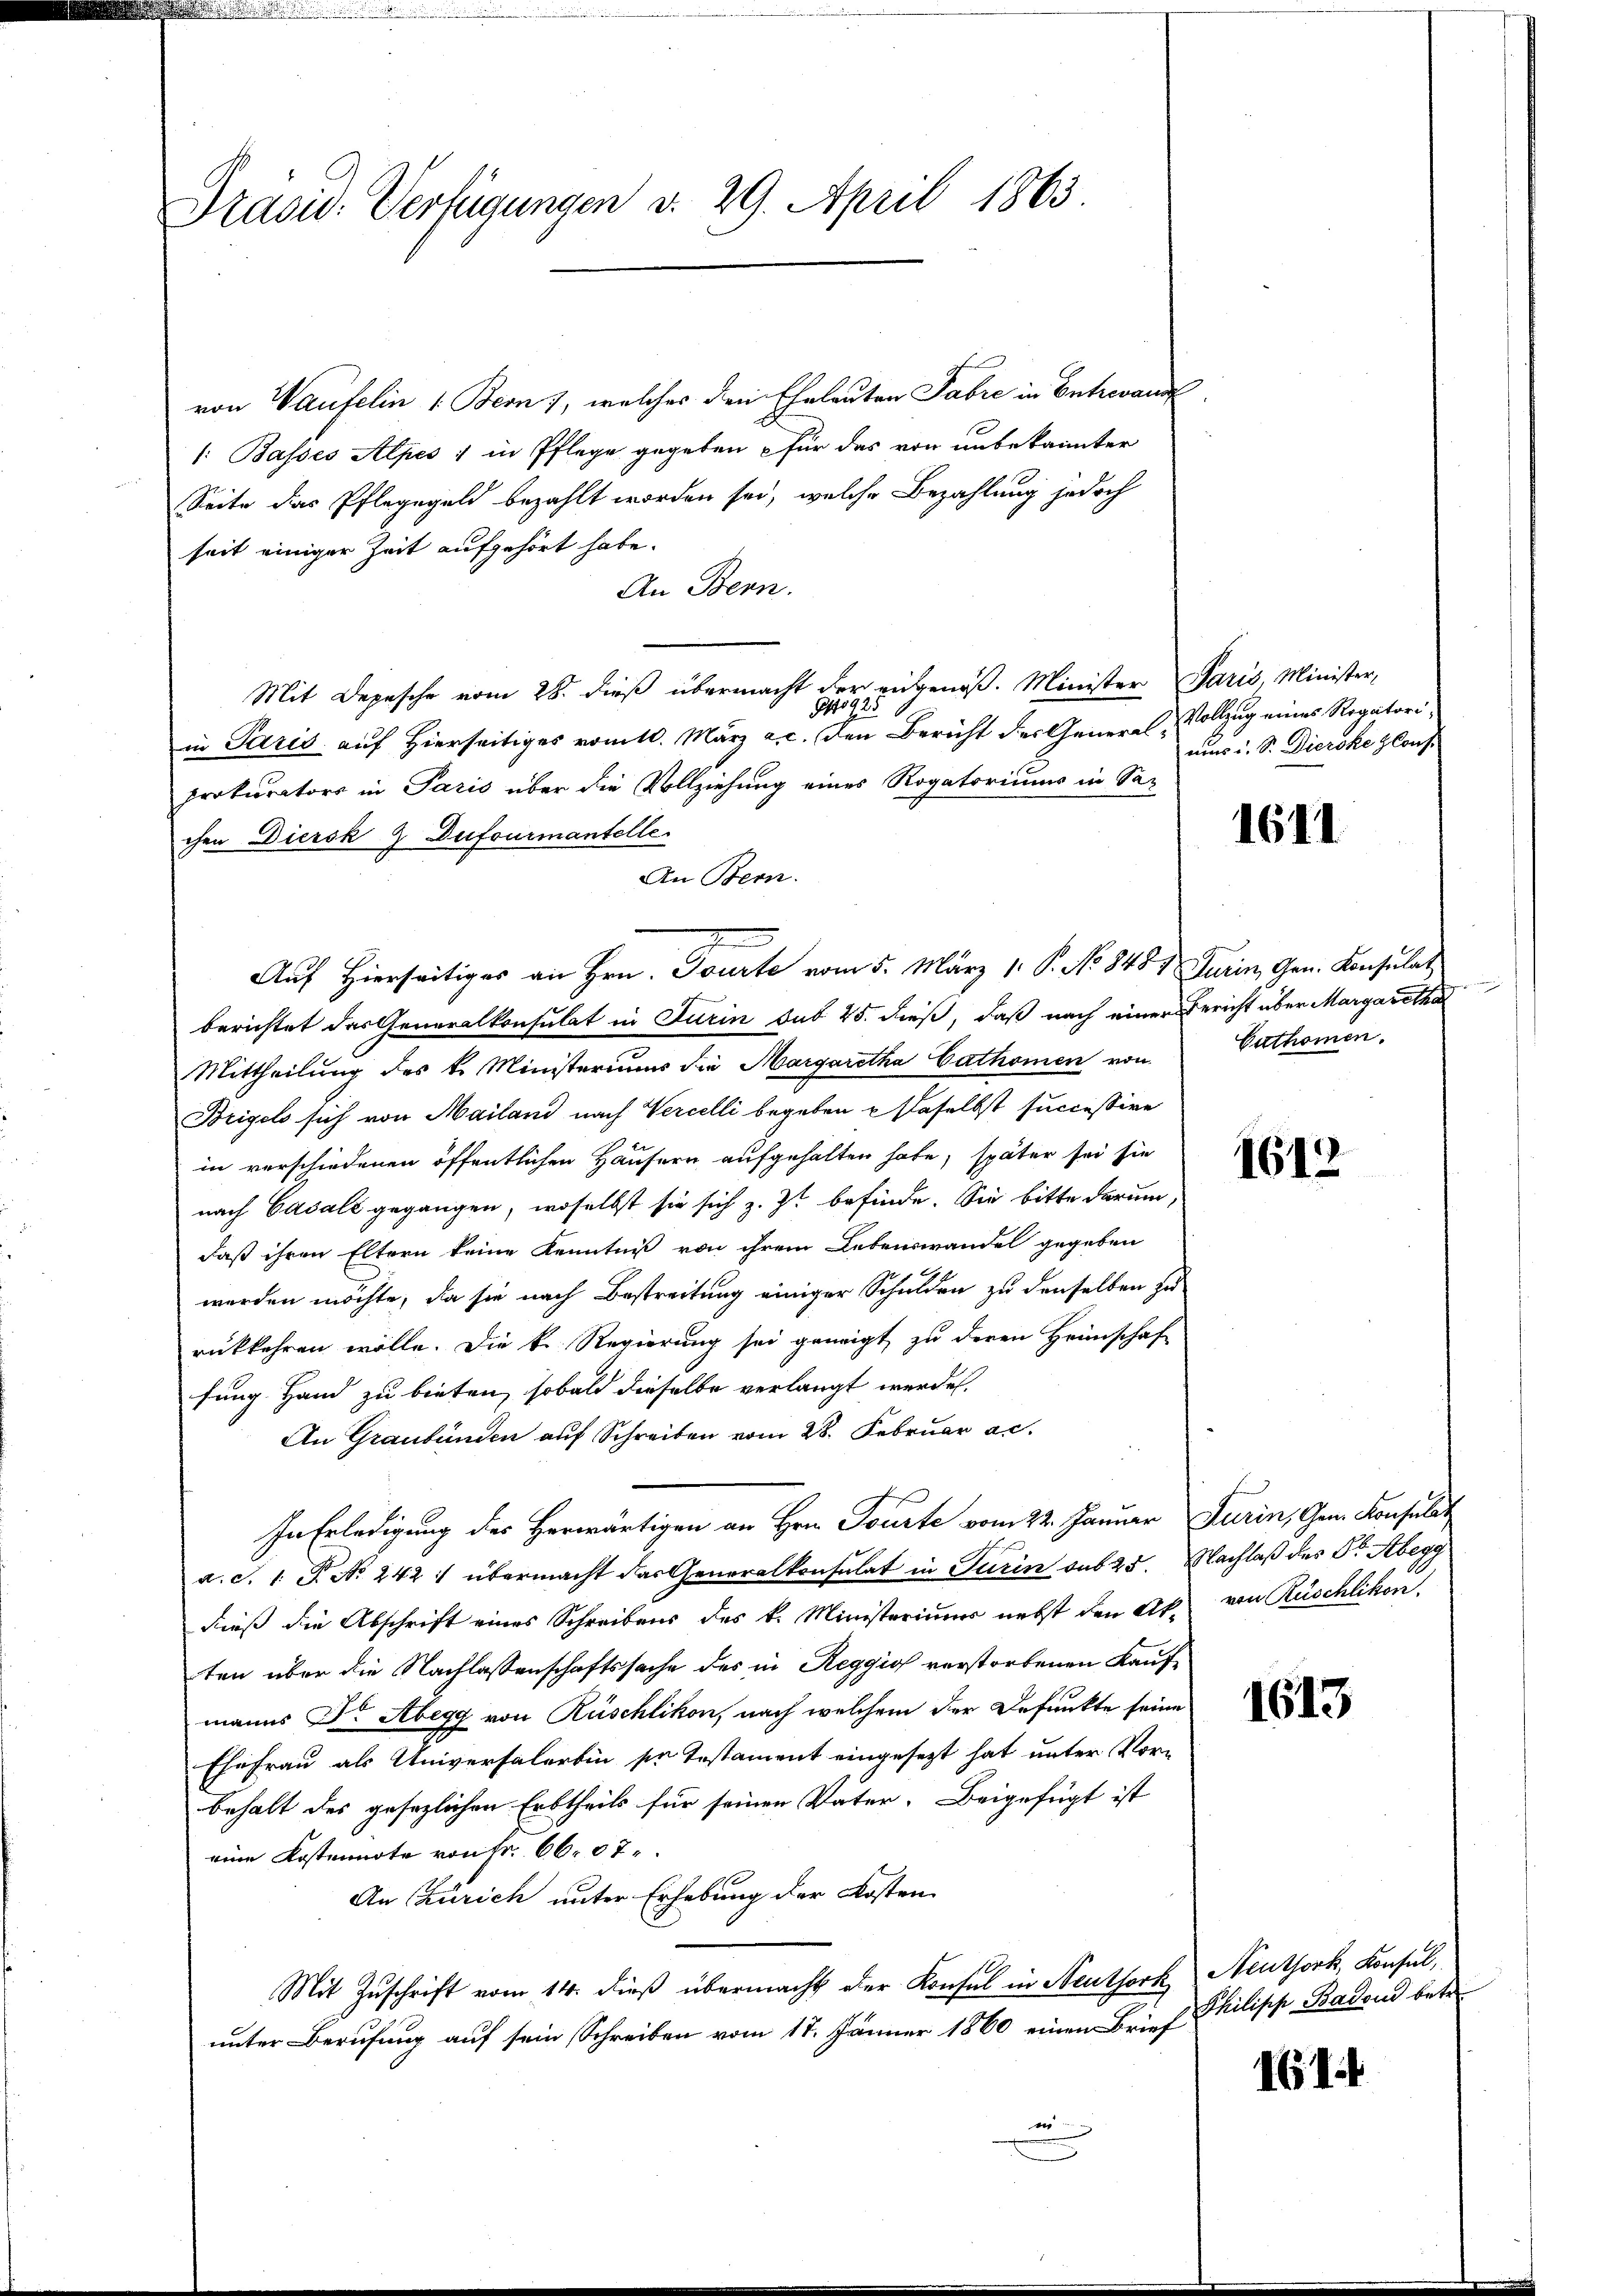
Prasid. Verfügungen v. 29. April 1863.

von Waufelin 1. Bern, welches den Eheleuten Fabre in Entrevan
/: Basses Alpes 1 in Pflege gegeben für das von unbekannter
Seite das Pfleggeld bezahlt worden sei, welche Bezahlung jedoch
seit einiger Zeit aufgehört habe.
An Bern.
Mit Depesche vom 28. dieß übermacht der eingenoß. Minister Paris, Minister,
G 925
in Paris auf Hierseitiges romtl. März a. c. den Bericht der General Vollzug eines Regatoriprokurators in Paris über die Vollziehung eines Rogatoriums in Sa-
chen Diersk 2 Dufourmantelle
An Bern.
Auf Hierseitiges an Hrn. Tourte vom 5. März 1. P. No 8481 Turin, Gen. Konsulat
berichtet das Generalkonsulat in Turin sub 25. dieß, daß nach einer Bericht über Margaretha
Mittheilung des k. Ministeriums die Margaretha Cathomen von
Beigels sich von Mailand nach Vercelli begeben u daselbst successive
in verschiedenen öffentlichen Häusern aufgehalten habe, später sei sie
nach Casall gegangen, woselbst sie sich z. Zt befinde. Sie bitte darum,
daß ihren Eltern keine Kenntniß von ihrem Lebenswandel gegeben
werden möchte, da sie nach Bestreitung einiger Schulden zu denselben zu
rükkehren wolle. Die k. Regierung sei geneigt, zu deren Heimschaf
fung Hand zu bieten, sobald dieselbe verlangt werden.
An Graubünden auf Schreiben vom 28. Februar a.c.
In Erledigung des Herwärtigen an Hrn. Tourte vom 22. Januar Furin, Gem. Konsular
a. c. 1. P. Nr. 242 :/ übermacht das Generalkonsulat in Turin aus 25. Nachlaß des Dr. Abegg
dieß die Abschrift eines Schreibens des k. Ministeriums nebst den Ak. von Rüschlikon
ten über die Nachlassenschaftssache des in Reggios verstorbenen Kauf-
manns Dr. Abegg von Rüschlikon, nach welchem der Befunkte seine
Ehefrau als Universalerbin sie Testament eingesezt hat unter Vor-
behalt des gesezlichen Erbtheils für seinen Vater- Beigefügt ist
eine Kostennote von Fr. 66. 87.
An Zürich unter Erhebung der Kosten
Mit Zuschrift vom 14. dieß übermacht der Konsul in Neuthork Neuthork, Konsul,
unter Berufung auf sein Schreiben vom 17. Jänner 1860 einen Brief
.

nus u. S. Dieroke Cons.

1611

e
Euthomen.

1612

1613

Philisch Baden betr.

161